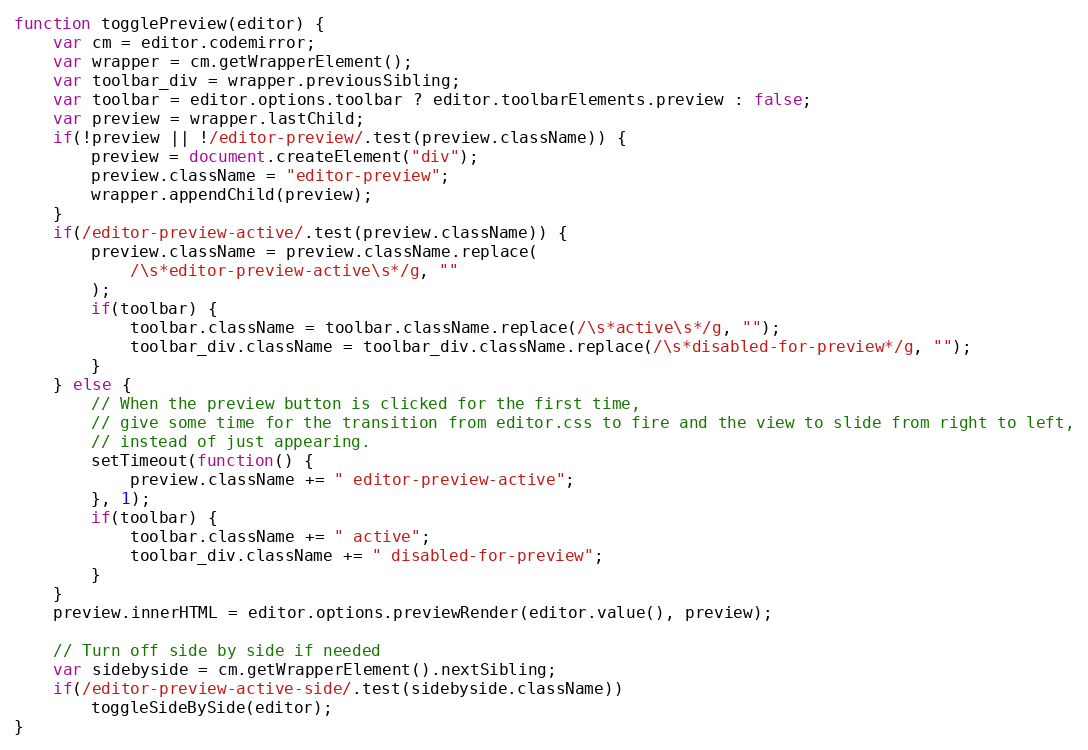
Language: JavaScript
function togglePreview(editor) {
	var cm = editor.codemirror;
	var wrapper = cm.getWrapperElement();
	var toolbar_div = wrapper.previousSibling;
	var toolbar = editor.options.toolbar ? editor.toolbarElements.preview : false;
	var preview = wrapper.lastChild;
	if(!preview || !/editor-preview/.test(preview.className)) {
		preview = document.createElement("div");
		preview.className = "editor-preview";
		wrapper.appendChild(preview);
	}
	if(/editor-preview-active/.test(preview.className)) {
		preview.className = preview.className.replace(
			/\s*editor-preview-active\s*/g, ""
		);
		if(toolbar) {
			toolbar.className = toolbar.className.replace(/\s*active\s*/g, "");
			toolbar_div.className = toolbar_div.className.replace(/\s*disabled-for-preview*/g, "");
		}
	} else {
		// When the preview button is clicked for the first time,
		// give some time for the transition from editor.css to fire and the view to slide from right to left,
		// instead of just appearing.
		setTimeout(function() {
			preview.className += " editor-preview-active";
		}, 1);
		if(toolbar) {
			toolbar.className += " active";
			toolbar_div.className += " disabled-for-preview";
		}
	}
	preview.innerHTML = editor.options.previewRender(editor.value(), preview);

	// Turn off side by side if needed
	var sidebyside = cm.getWrapperElement().nextSibling;
	if(/editor-preview-active-side/.test(sidebyside.className))
		toggleSideBySide(editor);
}